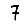
Digit: 7